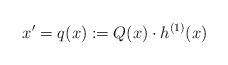
LaTeX: \begin{align*} x^\prime=q(x):=Q(x)\cdot h^{(1)}(x) \end{align*}